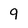
Character: 9